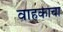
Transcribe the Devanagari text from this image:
वाहकाचा